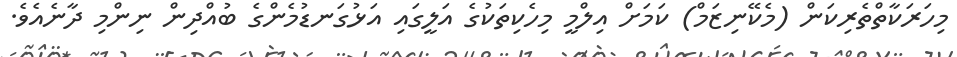
މިހަރަކާތްތެރިކަން (މެކޭނިޒަމް) ކަމަށް އިލްމީ މިހެކިތަކުގެ އަލީގައި އަޅުގަނޑުމެންގެ ބުއްދިން ނިންމި ދާނެއެވެ.